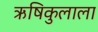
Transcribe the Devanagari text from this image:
ऋषिकुलाला